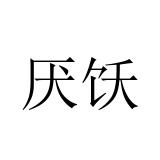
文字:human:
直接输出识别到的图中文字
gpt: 厌饫